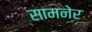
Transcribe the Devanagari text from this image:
सामनेर